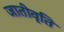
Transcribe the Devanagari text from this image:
जातीवृति